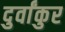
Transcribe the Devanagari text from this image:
दुर्वांकुर